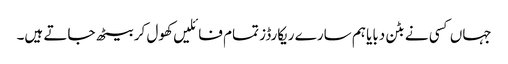
جہاں کسی نے بٹن دبایا ہم سارے ریکارڈز تمام فائلیں کھول کر بیٹھ جاتے ہیں۔